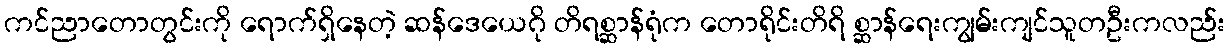
ကင်ညာတောတွင်းကို ရောက်ရှိနေတဲ့ ဆန်ဒေယေဂို တိရစ္ဆာန်ရုံက တောရိုင်းတိရိ စ္ဆာန်ရေးကျွမ်းကျင်သူတဦးကလည်း